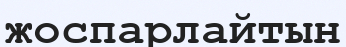
жоспарлайтын